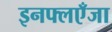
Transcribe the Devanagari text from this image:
इनफ्लएँजा